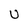
Character: U